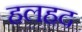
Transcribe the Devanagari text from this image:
हलहद